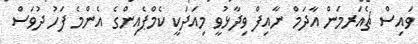
ވައިސް ޗެއަރމަން އާދަމް ނާއިފް ވިދާޅުވީ މިއަދަކީ ކެމްޕެއިންގެ އެންމެ ފަހު ދުވަސް